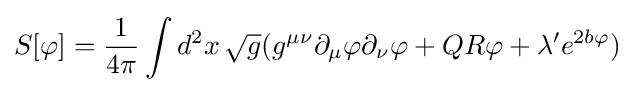
S[\varphi ]={\frac {1}{4\pi }}\int d^{2}x\,{\sqrt {g}}(g^{\mu \nu }\partial _{\mu }\varphi \partial _{\nu }\varphi +QR\varphi +\lambda 'e^{2b\varphi })\